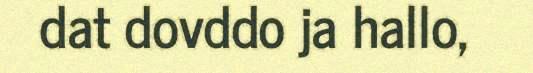
dat dovddo ja hallo,